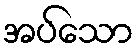
အပ်သော